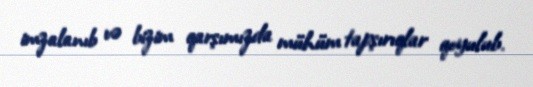
imzalanıb və bizim qarşımızda mühüm tapşırıqlar qoyulub.